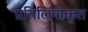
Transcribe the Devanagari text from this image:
प्रतिलिपीकृत